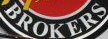
BROKERS